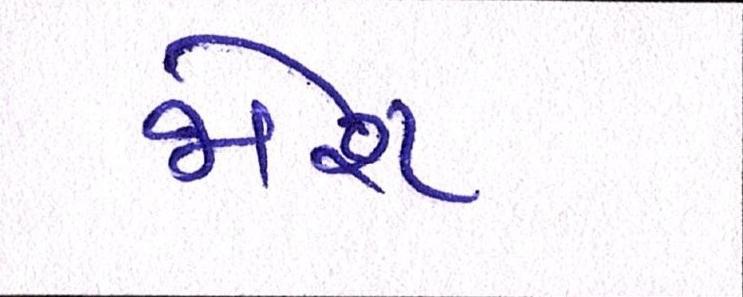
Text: જોશ